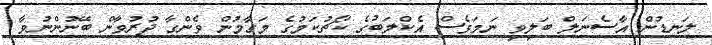
ލަނޑުން އާސެނަލް ބަލިވި ނަމަވެސް އެކްލަބުގެ ކޯޗުކަމުގެ މަގާމުން ވެންގާ ދުރުވާން ބޭނުންނުވާ